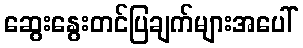
ဆွေးနွေးတင်ပြချက်များအပေါ်